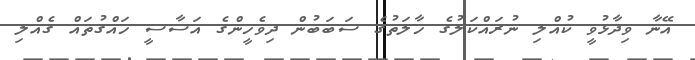
އޭނާ ވިދާޅުވީ ކުއްލި ނުރައްކަލުގެ ހާލަތުގެ ސަބަބުން ދިވެހީންގެ އަސާސީ ހައްގުތައް ގެއްލި